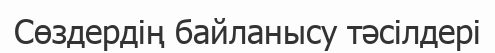
Сөздердің байланысу тәсілдері